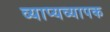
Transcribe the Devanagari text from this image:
व्याप्यव्यापक